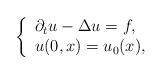
LaTeX: \begin{align*}\left\{\begin{array}{ll}\partial_tu-\Delta u=f,\\ u(0,x)=u_0(x),\end{array}\right.\end{align*}